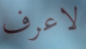
لاعرف